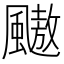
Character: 𱃋